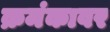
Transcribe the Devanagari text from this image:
क्रमंकावर